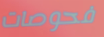
فحوصات